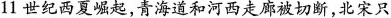
11世纪西夏崛起，青海道和河西走廊被切断，北宋只